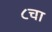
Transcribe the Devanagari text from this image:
८चा